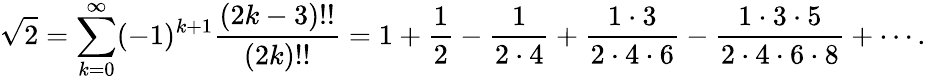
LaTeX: {\sqrt{2}}=\sum_{k=0}^{\infty}(-1)^{k+1}{\frac{(2k-3)!!}{(2k)!!}}=1+{\frac{1}{2}}-{\frac{1}{2\cdot 4}}+{\frac{1\cdot 3}{2\cdot 4\cdot 6}}-{\frac{1\cdot 3\cdot 5}{2\cdot 4\cdot 6\cdot 8}}+\cdots.